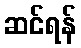
ဆင်ရန်